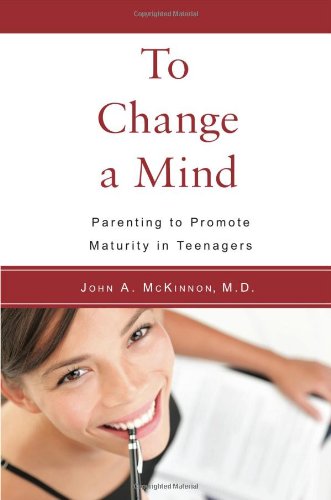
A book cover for To Change a Mind: Parenting to Promote Maturity in Teenagers; John A. McKinnon MD; Medical Books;